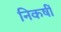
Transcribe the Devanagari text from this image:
निकषीं